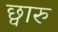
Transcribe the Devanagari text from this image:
छ्वारु